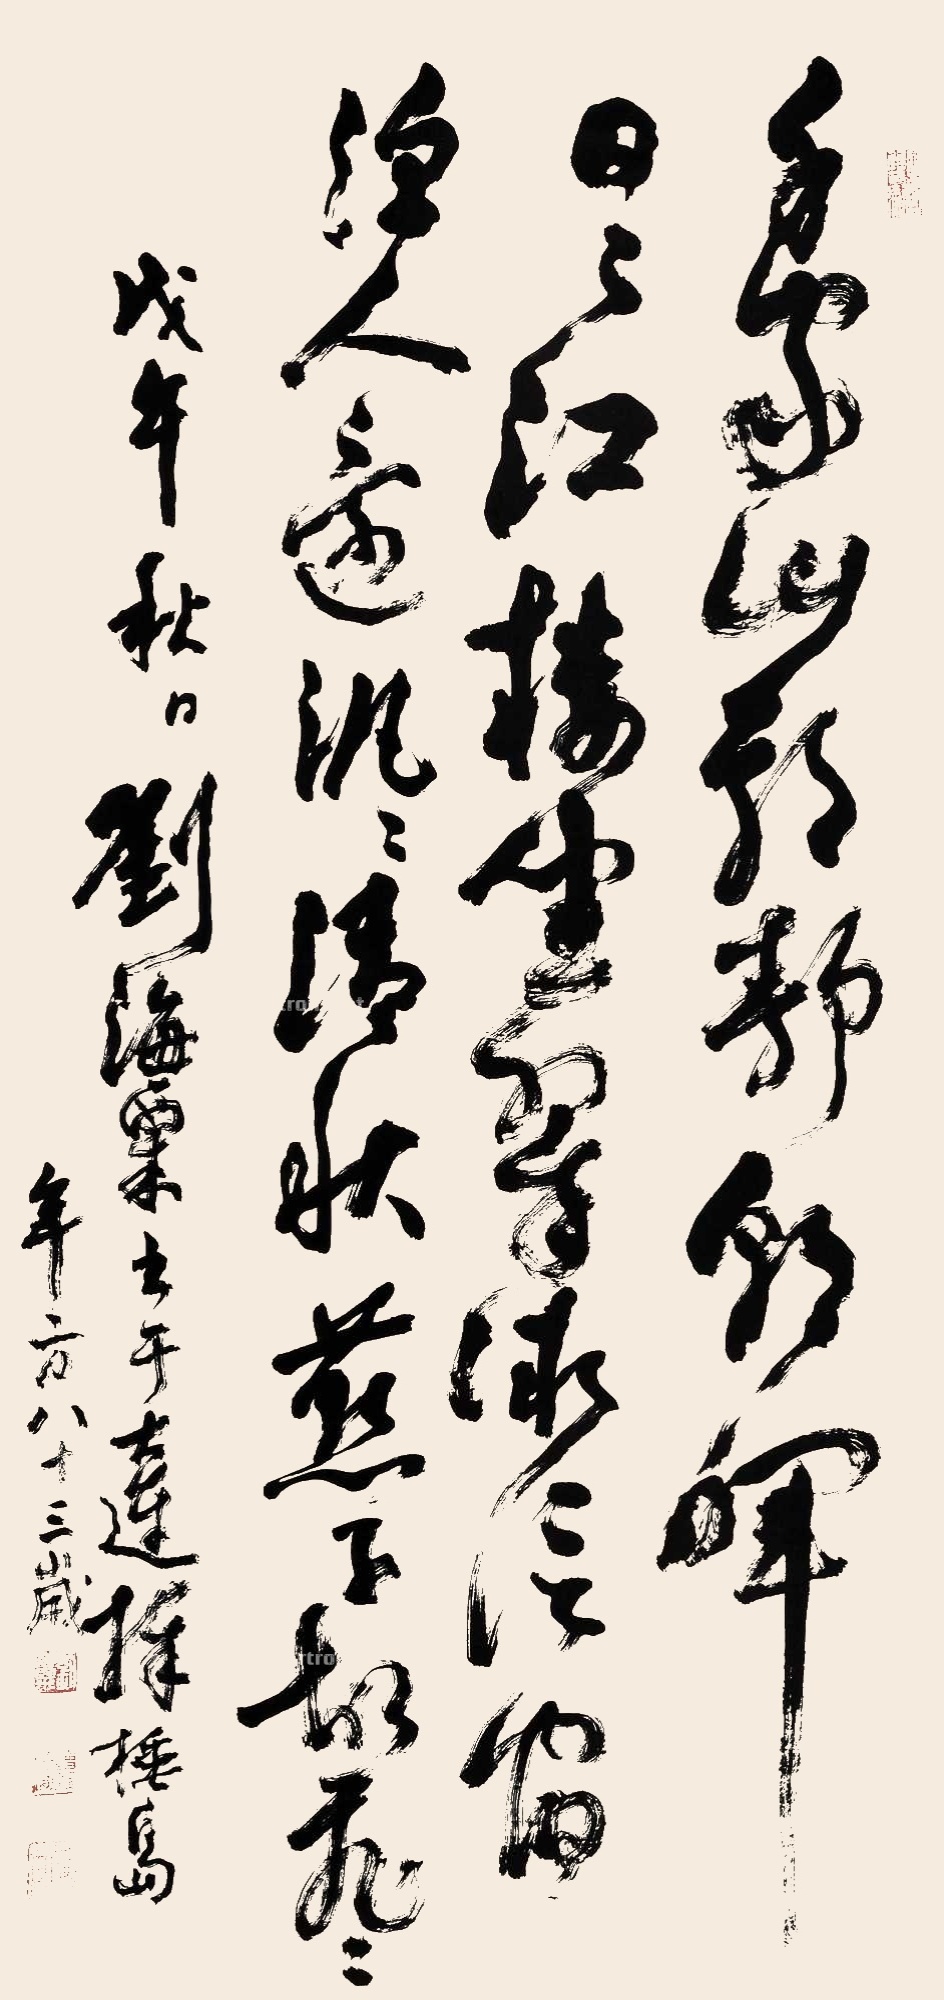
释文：千家山郭静朝晖，日日江楼坐翠微。信宿渔人还泛泛，清秋燕子故飞飞。戊午秋日刘海粟书于大连棒槌岛，年方八十三岁。